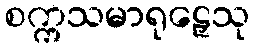
စက္ကသမာရုဠှေသု